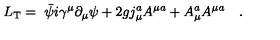
L _ { \mathrm { T } } = { \ \bar { \psi } } i \gamma ^ { \mu } \partial _ { \mu } \psi + 2 g j _ { \mu } ^ { a } A ^ { \mu a } + A _ { \mu } ^ { a } A ^ { \mu a } \quad .